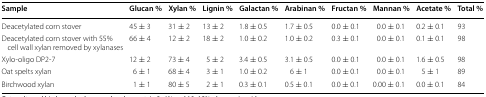
| Sample | Glucan % | Xylan % | Lignin % | Galactan % | Arabinan % | Fructan % | Mannan % | Acetate % | Total % |
 | --- | --- | --- | --- | --- | --- | --- | --- | --- | --- |
 | Deacetylated corn stover | 45 ± 3 | 31 ± 2 | 13 ± 2 | 1.8 ± 0.5 | 1.7 ± 0.5 | 0.0 ± 0.1 | 0.0 ± 0.1 | 0.2 ± 0.1 | 93 |
 | Deacetylated corn stover with 55% cell wall xylan removed by xylanases | 66 ± 4 | 12 ± 2 | 18 ± 2 | 1.0 ± 0.2 | 1.0 ± 0.2 | 0.3 ± 0.1 | 0.0 ± 0.1 | 0.1 ± 0.1 | 98 |
 | Xylo-oligo DP2-7 | 12 ± 2 | 73 ± 4 | 5 ± 2 | 3.4 ± 0.5 | 3.1 ± 0.5 | 0.0 ± 0.1 | 0.0 ± 0.1 | 1.6 ± 0.5 | 98 |
 | Oat spelts xylan | 6 ± 1 | 68 ± 4 | 3 ± 1 | 1.0 ± 0.2 | 6 ± 1 | 0.0 ± 0.1 | 0.0 ± 0.1 | 5 ± 1 | 89 |
 | Birchwood xylan | 1 ± 1 | 80 ± 5 | 2 ± 1 | 0.3 ± 0.1 | 0.5 ± 0.1 | 0.0 ± 0.1 | 0.00 ± 0.1 | 0.0 ± 0.1 | 84 |